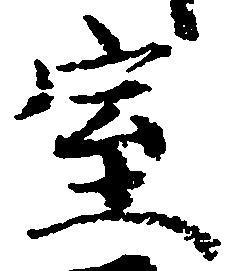
室